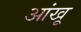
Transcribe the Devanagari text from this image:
आंखू